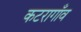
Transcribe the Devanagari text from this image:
कटरागाँव